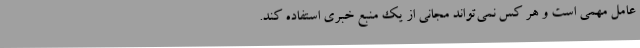
عامل مهمی است و هر کس نمی‌تواند مجانی از یک منبع خبری استفاده کند.